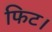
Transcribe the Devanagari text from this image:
फिट।